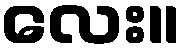
လေး။